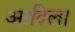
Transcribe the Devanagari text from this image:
आदिल।